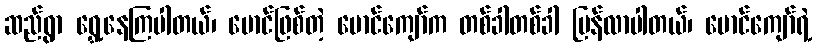
ဆည်ရွာ ရွှေ့နေကြပါတယ်၊ မောင်ဖြစ်တဲ့ မောင်ကျော်က တစ်ခါတစ်ခါ ပြန်လာပါတယ်၊ မောင်ကျော်ရဲ့